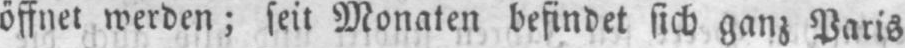
öffnet werden; seit Monaten befindet sich ganz Paris